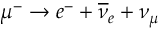
\mu ^ { - } \rightarrow e ^ { - } + \overline { { \nu } } _ { e } + \nu _ { \mu }